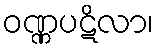
ဝဏ္ဏပဋိလာ၊